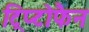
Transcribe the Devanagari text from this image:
ट्रिप्टोफैन